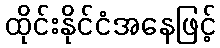
ထိုင်းနိုင်ငံအနေဖြင့်